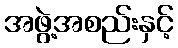
အဖွဲ့အစည်းနှင့်